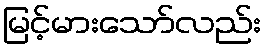
မြင့်မားသော်လည်း